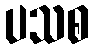
ပသစ